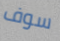
سوف